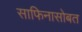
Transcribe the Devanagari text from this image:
साफिनासोबत